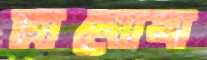
মিনোস